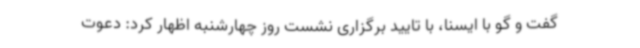
گفت و گو با ایسنا، با تایید برگزاری نشست روز چهارشنبه اظهار کرد: دعوت